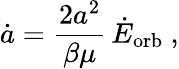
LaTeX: \dot{a}=\frac{2a^{2}}{\beta\mu}\, \dot{E}_{\mathrm{orb}}\ ,